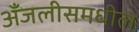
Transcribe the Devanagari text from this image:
अँजलीसमधील